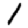
Digit: 1